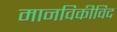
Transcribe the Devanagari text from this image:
मानविकीविद